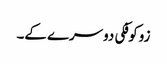
زوکوفکی دوسرے کے۔